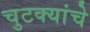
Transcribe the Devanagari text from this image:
चुटक्यांचे